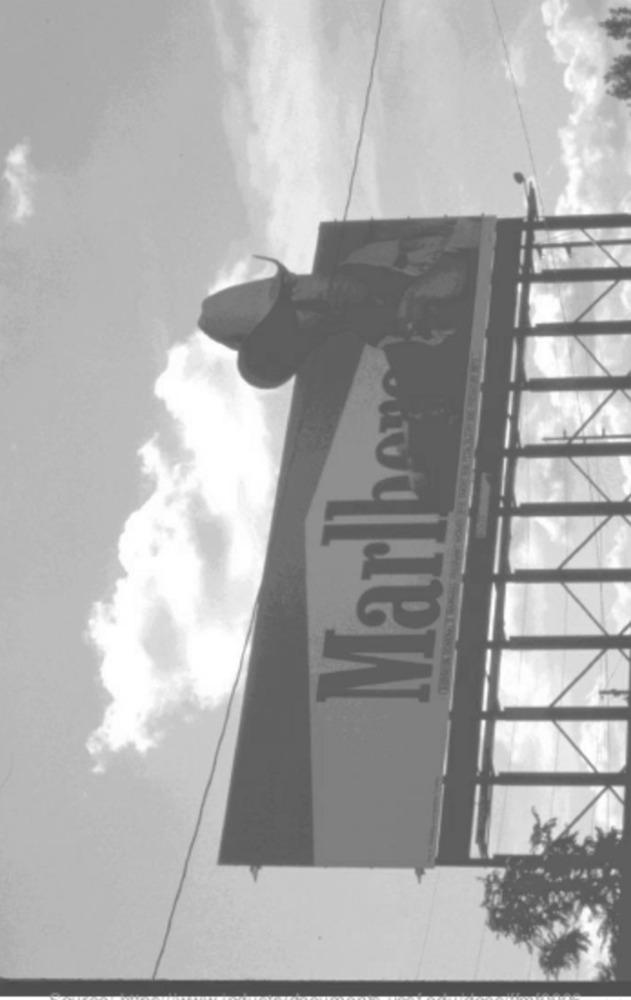
Marlboro